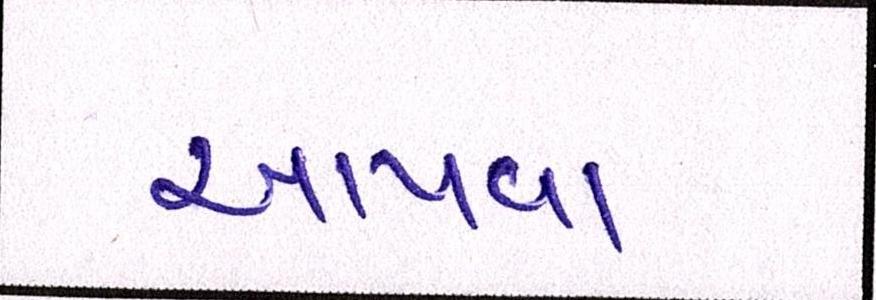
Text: આપવા